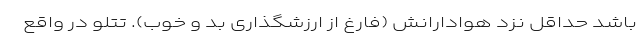
باشد حداقل نزد هوادارانش (فارغ از ارزشگذاری بد و خوب). تتلو در واقع